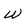
Character: W